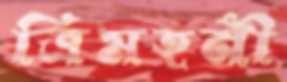
ত্রিমহনী